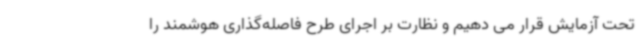
تحت آزمایش قرار می دهیم و نظارت بر اجرای طرح فاصله‌گذاری هوشمند را